Civil Veterinary Dept. Assam report 1927-50 - 1927-1950
Year: 1927
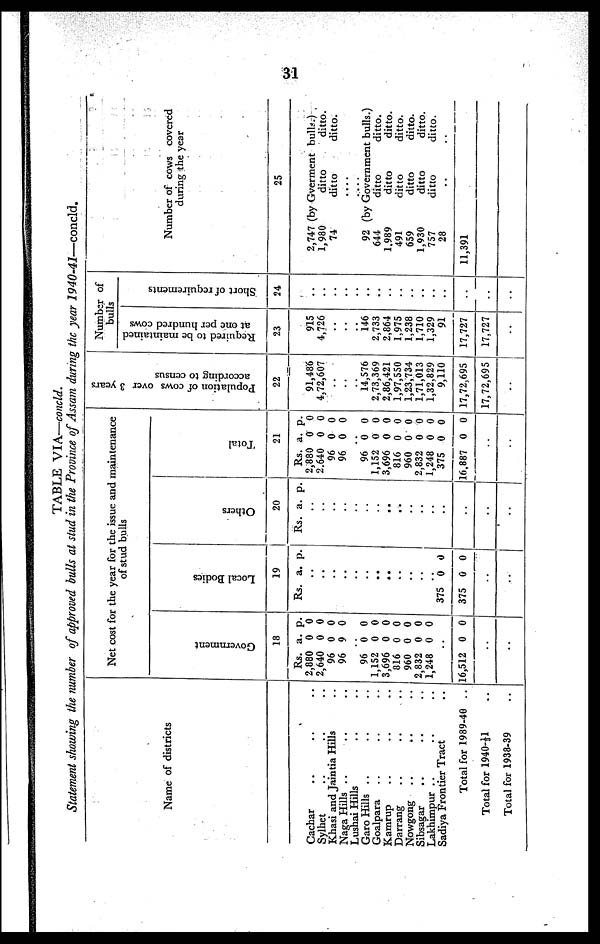
31
TABLE
VIA—concld.
Statement showing the number of approved bulls at stud in the Province of Assam during the year
1940-41—concld.
Name of districts
Cachar .. .. ..
Sylhet .. .. ..
Khasi and Jaintia Hills ..
Naga Hills .. .. ..
Lushai Hills .. ..
Garo Hills .. .. ..
Goalpara .. .. ..
Kamrup .. .. ..
Darrang .. .. ..
Nowgong .. .. ..
Sibsagar .. .. ..
Lakhimpur .. .. ..
Sadiya Frontier Tract ..
Total for 1989-40 ..
Total for 194041 ..
Total for 1938-39 ..
Go v e r
n me n t
18
Rs.
2,880
2,640
96
96
a.
0
0
0
9
p.
0
0
0
0
96
1,152
3,696
816
960
2,832
1,248
0
0
0
0
0
0
0
0
0
0
0
0
0
0
..
16,512 0 0
..
..
Local Bodi es
19
Rs. a. p.
..
..
..
..
..
..
..
..
..
..
..
..
375
375
0
0
0
0
..
..
Others
20
Rs. a. p.
..
..
..
..
..
..
..
..
..
..
..
..
..
..
..
..
Total
2
1
Rs.
2,880
2,640
96
96
..
96
1,152
3,696
816
960
2,832
1,248
375
16,887
..
..
a.
0
0
0
0
0
0
0
0
0
0
0
0
0
p.
0
0
0
0
0
0
0
0
0
0
0
0
0
Population of cows over 3 years
according to census
22
91,486
4,72,607
..
..
..
14,576
2,73,369
2,86,421
1,97,550
1,23,734
1,71,013
1,32,829
9,110
17,72,695
17,72,695
..
Number of
bulls
Required to be maintained
at one per hundred cows
23
915
4,726
..
..
..
146
2,733
2,864
1,975
1,238
1,710
1,329
91
17,727
17,727
..
Short of requirements
24
..
..
..
..
..
..
..
..
..
..
..
..
..
..
..
..
Number of cows covered
during the year
25
2,747 (by Gverment bulls.)
1,980
ditto
ditto.
74
ditto
ditto.
....
....
92 (by Government bulls.)
644
ditto
ditto.
1,989
ditto
ditto.
491
ditto
ditto.
659
ditto
ditto.
1,930
ditto
ditto.
757
ditto
ditto.
28 .. ..
11,391